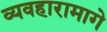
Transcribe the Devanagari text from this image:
व्यवहारामागे